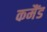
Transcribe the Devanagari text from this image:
कमैंड